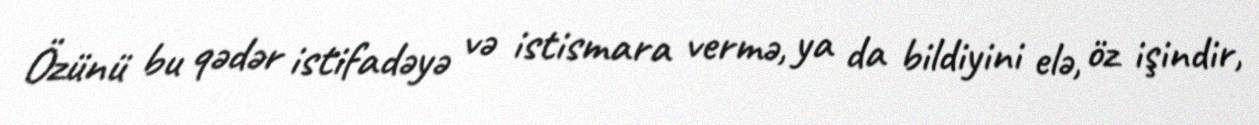
Özünü bu qədər istifadəyə və istismara vermə, ya da bildiyini elə, öz işindir,